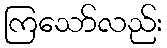
ကြသော်လည်း